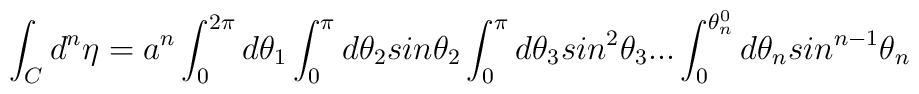
\int_{C}{d^n}{\eta} = a^n\int_0^{2\pi}d\theta_1\int_0^{\pi}d\theta_2sin\theta_2\int_0^{\pi}d\theta_3sin^2\theta_3...\int_0^{\theta_n^0}d\theta_nsin^{n-1}\theta_n